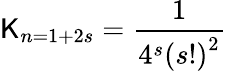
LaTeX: \mathsf{K}_{n=1+2s}=\frac{{1}}{{4^{s}\left(s!\right)^{2}}}